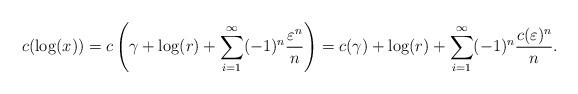
LaTeX: \begin{align*} c(\log(x)) = c\left(\gamma + \log(r) + \sum_{i=1}^{\infty}(-1)^{n}\frac{\varepsilon^{n}}{n}\right) = c(\gamma)+\log(r) + \sum_{i=1}^{\infty}(-1)^{n}\frac{c(\varepsilon)^{n}}{n}. \end{align*}